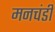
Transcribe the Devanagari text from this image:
मनचंडी